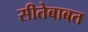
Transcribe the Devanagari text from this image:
सीतेबाबत